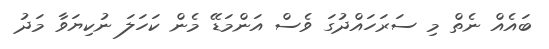
ބައެއް ނެތް މި ސަރަހައްދުގަ ވެސް އަންމަޑޭ މެން ކަހަލަ ނުކިޔަވާ މަދު